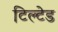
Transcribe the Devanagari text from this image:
टिल्‍टेड